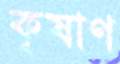
কৃষাণ